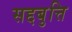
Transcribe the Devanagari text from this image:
सद्दबुत्ति